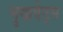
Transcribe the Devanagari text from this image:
मुखवेट्स